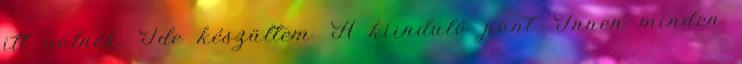
itt volnék. Ide készültem. A kiinduló pont. Innen minden